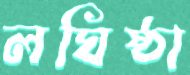
লঘিষ্ঠা